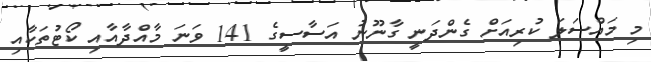
މި މައްސަލަ ކުރިއަށް ގެންދަނީ ގާނޫނު އަސާސީގެ 141 ވަނަ މާއްދާއާއި ކޯޓުތަކާއި